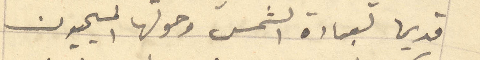
قديما لعبادة الشمس وحولها المسيحيون